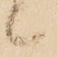
候